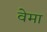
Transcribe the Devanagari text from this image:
वेमा